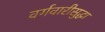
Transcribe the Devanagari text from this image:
वर्गवारीसुद्धा